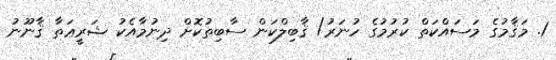
1. މަޤާމުގެ މަސައްކަތް ކުރުމުގެ ހުނަރު/ ޤާބިލްކަން ސާބިތުކޮށް ދިނުމާއެކު ޝަރީޢަތާ ޤާނޫނު